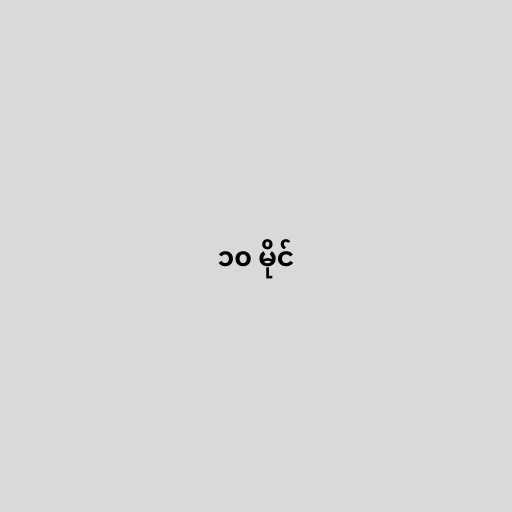
၁၀ မိုင်